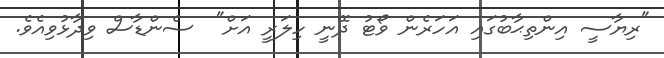
"ރިޔާސީ އިންތިޙާބުގައި އަހަރެން ވޯޓު ދޭނީ ހިލަރީ އަށް"  ސެންޑާސް ވިދާޅުވިއެވެ.